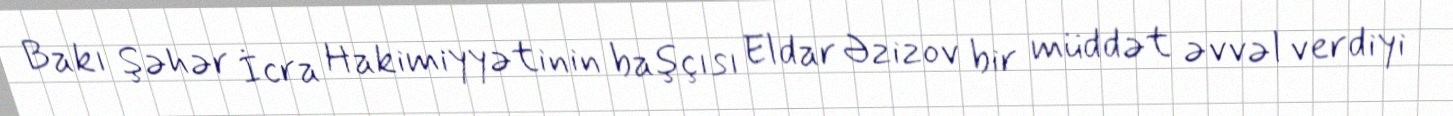
Bakı Şəhər İcra Hakimiyyətinin başçısı Eldar Əzizov bir müddət əvvəl verdiyi